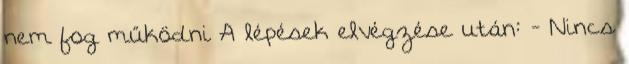
nem fog működni A lépések elvégzése után: - Nincs